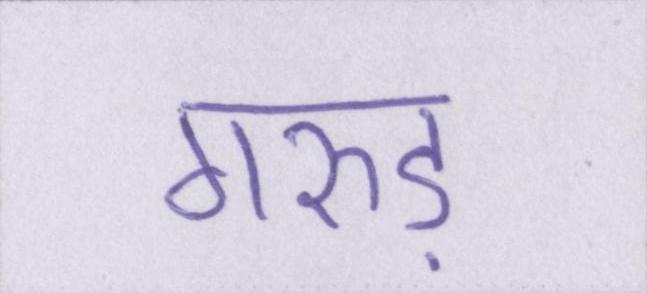
गरुड़